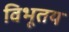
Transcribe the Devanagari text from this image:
विभूतय